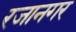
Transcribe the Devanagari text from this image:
रजानगर